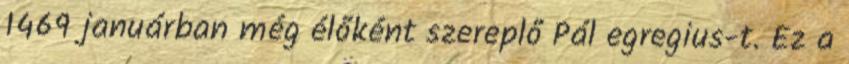
1469 januárban még élőként szereplő Pál egregius-t. Ez a